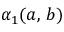
\alpha _ { 1 } ( a , \, b )